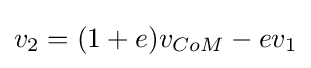
v_{2}=(1+e)v_{CoM}-ev_{1}